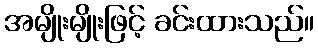
အမျိုးမျိုးဖြင့် ခင်းထားသည်။